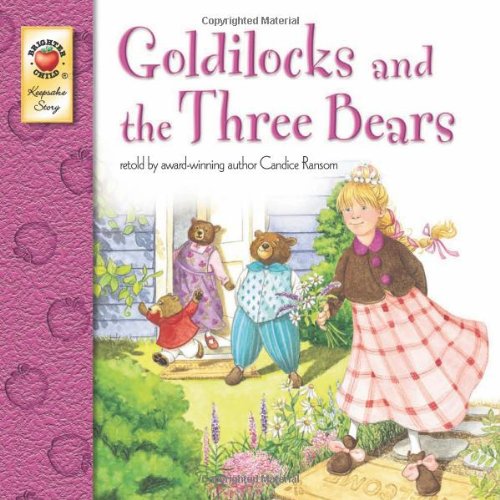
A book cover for Goldilocks and the Three Bears; Candice Ransom; Children's Books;